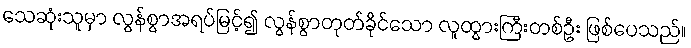
သေဆုံးသူမှာ လွန်စွာအရပ်မြင့်၍ လွန်စွာတုတ်ခိုင်သော လူထွားကြီးတစ်ဦး ဖြစ်ပေသည်။